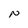
Character: N